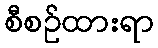
စီစဉ်ထားရာ